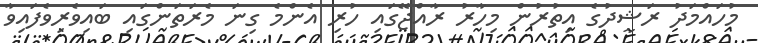
މުހައްމަދު ރަޝީދުގެ އިތުރުން މިހާރު ރާއްޖޭގައި ހުރި އެންމެ ގިނަ މެރަތަންގައި ބައިވެރިވެފައިވާ